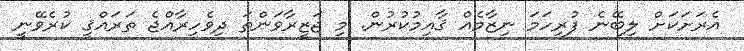
އެރަށަކަށް ލިބޭނެ ފުރިހަމަ ނިޒާމެއް ޤާއިމުކުރުން. މި ޖަޒީރާވަންތަ ދިވެހިރާއްޖެ ތަރައްޤީ ކުރެވޭނީ